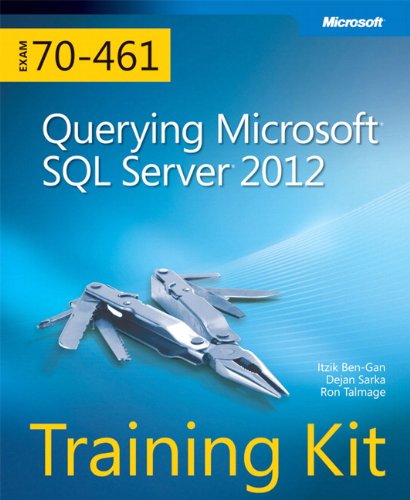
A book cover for Training Kit (Exam 70-461) Querying Microsoft SQL Server 2012 (MCSA) (Microsoft Press Training Kit); Dejan Sarka; Computers & Technology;